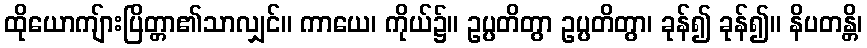
ထိုယောကျ်ားပြိတ္တာ၏သာလျှင်။ ကာယေ၊ ကိုယ်၌။ ဥပ္ပတိတွာ ဥပ္ပတိတွာ၊ ခုန်၍ ခုန်၍။ နိပတန္တိ၊